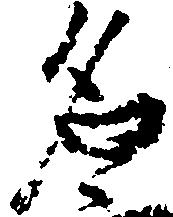
名